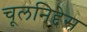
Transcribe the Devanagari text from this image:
चूलनिद्देस